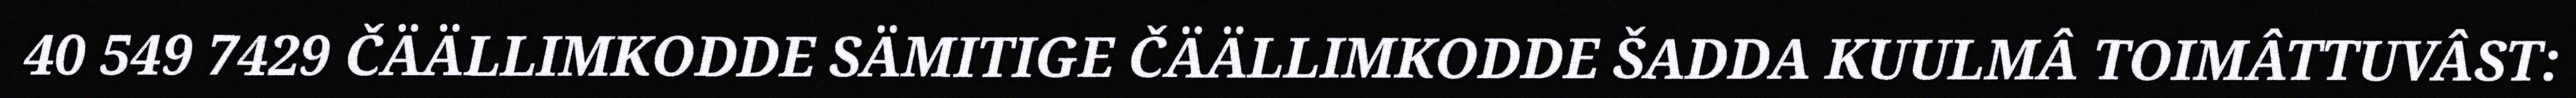
40 549 7429 ČÄÄLLIMKODDE SÄMITIGE ČÄÄLLIMKODDE ŠADDA KUULMÂ TOIMÂTTUVÂST: